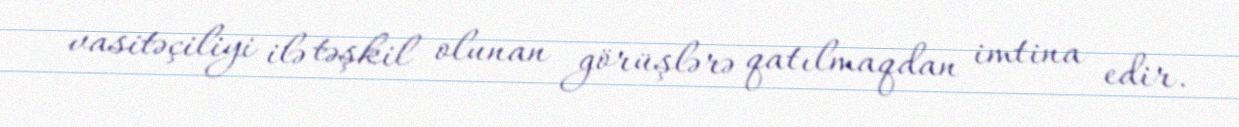
vasitəçiliyi ilə təşkil olunan görüşlərə qatılmaqdan imtina edir.